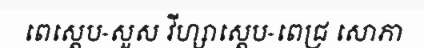
ពេស្តេប-សួស វីហ្សាស្តេប-ពេជ្រ សោភា